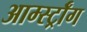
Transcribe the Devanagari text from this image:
आर्म्स्ट्राँग